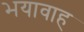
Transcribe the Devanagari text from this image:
भयावाह